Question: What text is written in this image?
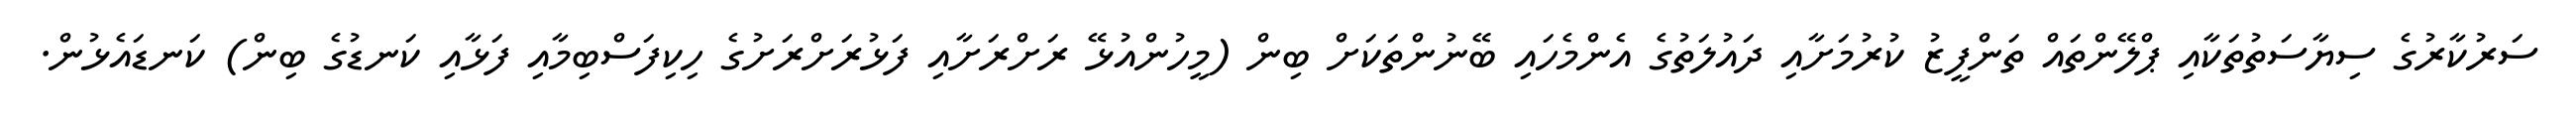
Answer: ސަރުކާރުގެ ސިޔާސަތުތަކާއި ޕްލޭންތައް ތަންފީޒު ކުރުމަށާއި ދައުލަތުގެ އެންމެހައި ބޭނުންތަކަށް ބިން (މީހުންއުޅޭ ރަށްރަށާއި ފަޅުރަށްރަށުގެ ހިކިފަސްބިމާއި ފަޅާއި ކަނޑުގެ ބިން) ކަނޑައެޅުން.